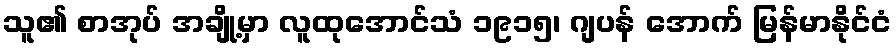
သူ၏ စာအုပ် အချို့မှာ လူထုအောင်သံ ၁၉၁၅၊ ဂျပန် အောက် မြန်မာနိုင်ငံ